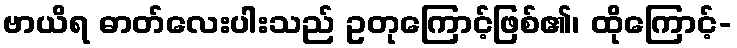
ဗာယိရ ဓာတ်လေးပါးသည် ဥတုကြောင့်ဖြစ်၏၊ ထိုကြောင့်-